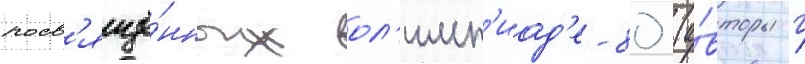
посв'ящё́нных ол'имп'иад'е-80 (а́вторы г